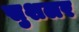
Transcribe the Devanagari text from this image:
सुशलर